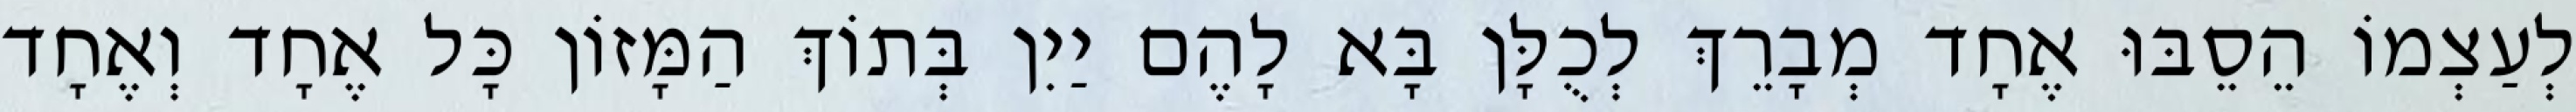
לְעַצְמוֹ הֵסֵבּוּ אֶחָד מְבָרֵךְ לְכֻלָּן בָּא לָהֶם יַיִן בְּתוֹךְ הַמָּזוֹן כָּל אֶחָד וְאֶחָד